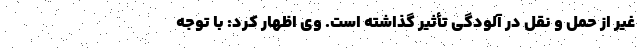
غیر از حمل و نقل در آلودگی تأثیر گذاشته است. وی اظهار کرد: با توجه